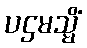
ပဌမသ္မိံ